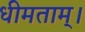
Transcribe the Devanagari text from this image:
धीमताम्।